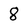
Character: 8